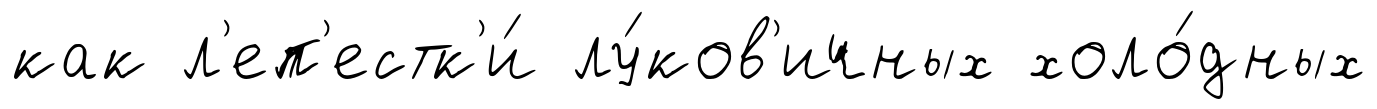
как л'еп'естк'и́ лу́ков'ичных холо́дных